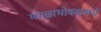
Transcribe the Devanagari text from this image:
मंगळाभोवतालचे